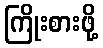
ကြိုးစားဖို့